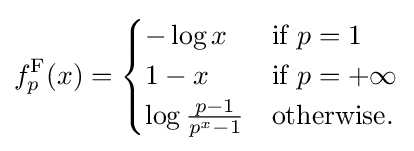
f_{p}^{\mathrm {F} }(x)={\begin{cases}-\log x&{\text{if }}p=1\\1-x&{\text{if }}p=+\infty \\\log {\frac {p-1}{p^{x}-1}}&{\text{otherwise.}}\end{cases}}